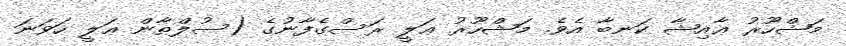
މަޝްހޫރު ޢާއިޝާ ކަނބާ އެވެ. މަޝްހޫރު ޢަލީ ރަސްގެފާނުގެ (ސުލްޠާން ޢަލީ ހަވަނަ